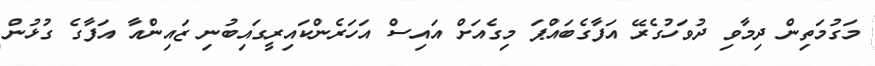
މަގުމަތިން ދިމާވި ދުވަހުގެރޭ އަފާގެބައްޕަ މިގެއަށް އައިސް އަހަރެންކައިރީގައިބުނި ޒައިންއާ އަފާގެ ގުޅުން